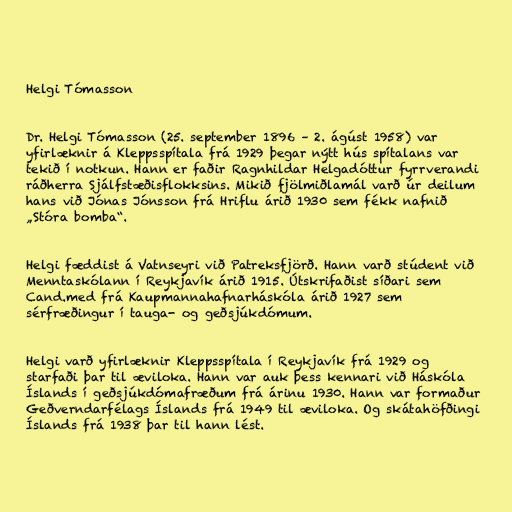
Helgi Tómasson

Dr. Helgi Tómasson (25. september 1896 – 2. ágúst 1958) var
yfirlæknir á Kleppsspítala frá 1929 þegar nýtt hús spítalans var
tekið í notkun. Hann er faðir Ragnhildar Helgadóttur fyrrverandi
ráðherra Sjálfstæðisflokksins. Mikið fjölmiðlamál varð úr deilum
hans við Jónas Jónsson frá Hriflu árið 1930 sem fékk nafnið
„Stóra bomba“.

Helgi fæddist á Vatnseyri við Patreksfjörð. Hann varð stúdent við
Menntaskólann í Reykjavík árið 1915. Útskrifaðist síðari sem
Cand.med frá Kaupmannahafnarháskóla árið 1927 sem
sérfræðingur í tauga- og geðsjúkdómum.

Helgi varð yfirlæknir Kleppsspítala í Reykjavík frá 1929 og
starfaði þar til æviloka. Hann var auk þess kennari við Háskóla
Íslands í geðsjúkdómafræðum frá árinu 1930. Hann var formaður
Geðverndarfélags Íslands frá 1949 til æviloka. Og skátahöfðingi
Íslands frá 1938 þar til hann lést.